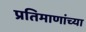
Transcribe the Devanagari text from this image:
प्रतिमाणांच्या